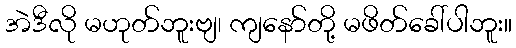
အဲဒီလို မဟုတ်ဘူးဗျ၊ ကျနော်တို့ မဖိတ်ခေါ်ပါဘူး။